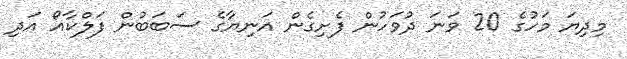
މިދިޔަ މަހުގެ 20 ވަނަ ދުވަހުން ފެށިގެން އަނިޔާގެ ސަބަބުން ފަލްކާއޯ އަދި